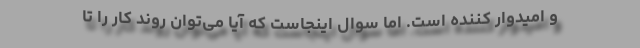
و امیدوار کننده است. اما سوال اینجاست که آیا می‌توان روند کار را تا